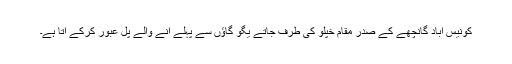
کونیس آباد گانچھے کے صدر مقام خپلو کی طرف جاتے یگو گاؤں سے پہلے آنے والے پل عبور کرکے آتا ہے۔